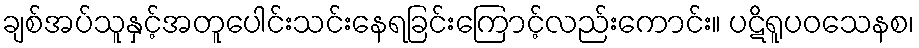
ချစ်အပ်သူနှင့်အတူပေါင်းသင်းနေရခြင်းကြောင့်လည်းကောင်း။ ပဋိရူပဝသေနစ၊